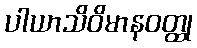
ပါယာသိဝိမာနဝတ္ထု